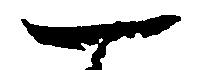
一